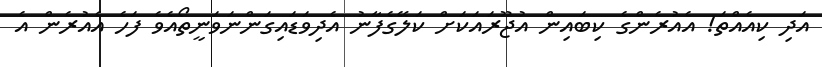
އަދި ކިއެއްތަ! އެއުރެންގެ ކިބައިން އުޖޫރައަކަށް ކަލޭގެފާނު އެދިވަޑައިގަންނަވަނީތޯއެވެ ފަހެ އެއުރެން އެ